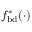
f _ { \mathrm { { b d } } } ^ { * } ( \cdot )